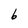
Character: b